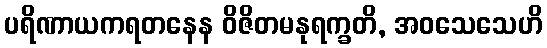
ပရိဏာယကရတနေန ဝိဇိတမနုရက္ခတိ, အဝသေသေဟိ